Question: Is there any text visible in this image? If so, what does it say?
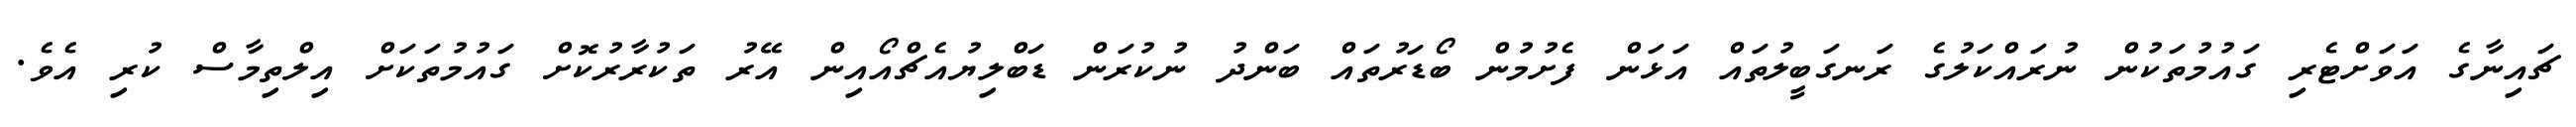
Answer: ޗައިނާގެ އަވަށްޓެރި ގައުމުތަކުން ނުރައްކަލުގެ ރަނގަބީލުތައް އަޅަން ފެށުމުން ބޯޑަރުތައް ބަންދު ނުކުރަން ޑަބްލިޔުއެޗްއޯއިން އޭރު ތަކުރާރުކޮށް ގައުމުތަކަށް އިލްތިމާސް ކުރި އެވެ.